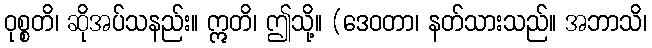
ဝုစ္စတိ၊ ဆိုအပ်သနည်း။ ဣတိ၊ ဤသို့။ (ဒေဝတာ၊ နတ်သားသည်။ အဘာသိ၊